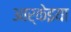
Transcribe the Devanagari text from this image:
आर्केइया